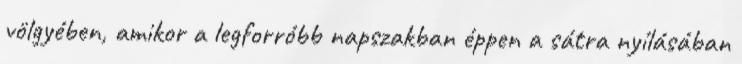
völgyében, amikor a legforróbb napszakban éppen a sátra nyílásában